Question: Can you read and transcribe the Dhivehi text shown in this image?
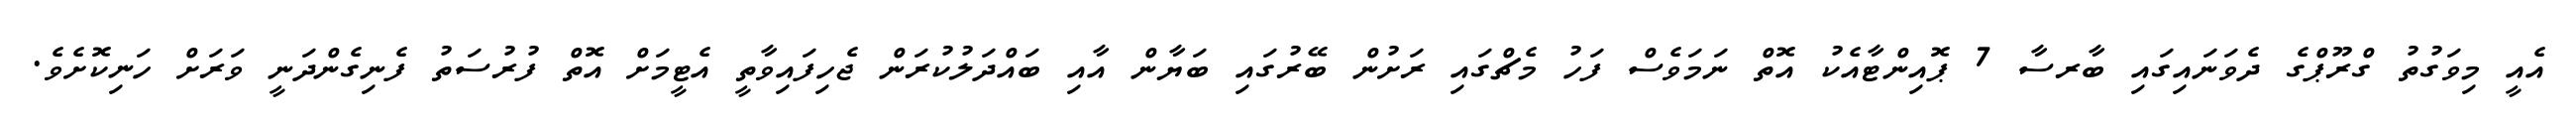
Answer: އެއީ މިވަގުތު ގްރޫޕްގެ ދެވަނައިގައި ބާރސާ 7 ޕޮއިންޓާއެކު އޮތް ނަމަވެސް ފަހު މެޗްގައި ރަށުން ބޭރުގައި ބަޔާން އާއި ބައްދަލުކުރަން ޖެހިފައިވާތީ އެޓީމަށް އޮތް ފުރުސަތު ފެނިގެންދަނީ ވަރަށް ހަނިކޮށެވެ.